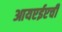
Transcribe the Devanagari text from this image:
आयएईएची